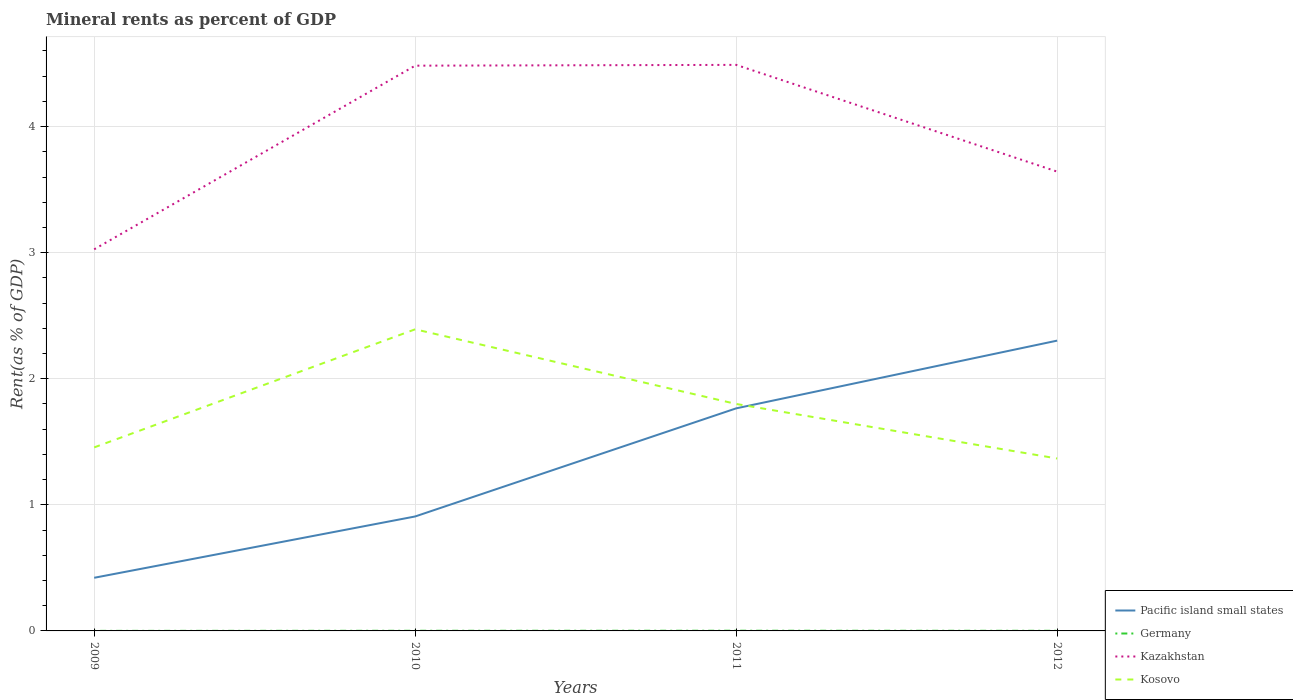
| Years | Pacific island small states | Germany | Kazakhstan | Kosovo |
 | --- | --- | --- | --- | --- |
 | 2009 | 0.421 | 0.000402 | 3.03 | 1.46 |
 | 2010 | 0.908 | 0.00117 | 4.48 | 2.39 |
 | 2011 | 1.77 | 0.00157 | 4.49 | 1.8 |
 | 2012 | 2.3 | 0.00104 | 3.64 | 1.37 |